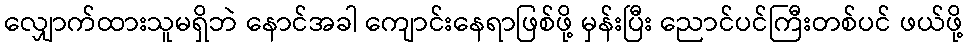
လျှောက်ထားသူမရှိဘဲ နောင်အခါ ကျောင်းနေရာဖြစ်ဖို့ မှန်းပြီး ညောင်ပင်ကြီးတစ်ပင် ဖယ်ဖို့